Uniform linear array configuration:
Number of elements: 24
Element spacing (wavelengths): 0.5
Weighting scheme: exponential
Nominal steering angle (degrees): -60
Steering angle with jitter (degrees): -59.561
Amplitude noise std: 0.05
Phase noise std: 0.05

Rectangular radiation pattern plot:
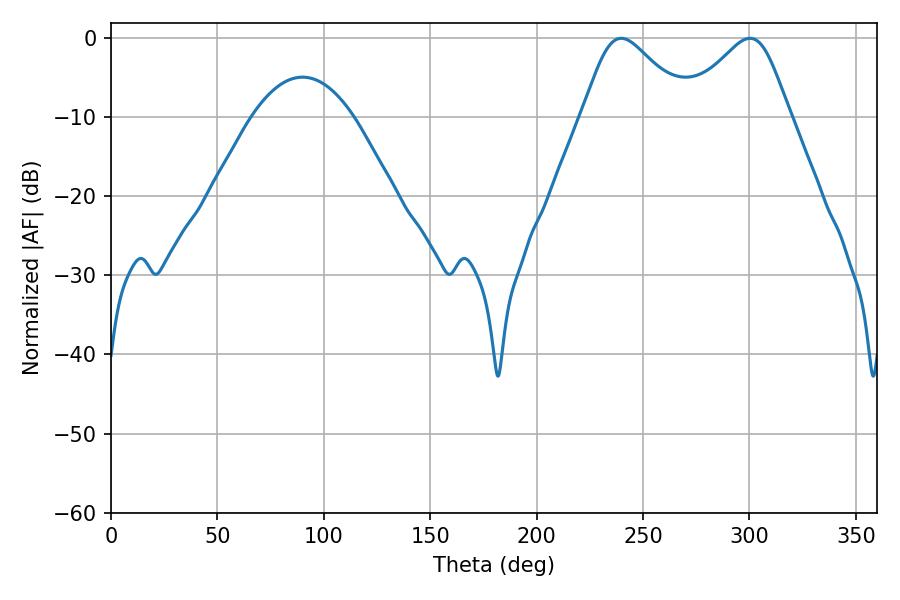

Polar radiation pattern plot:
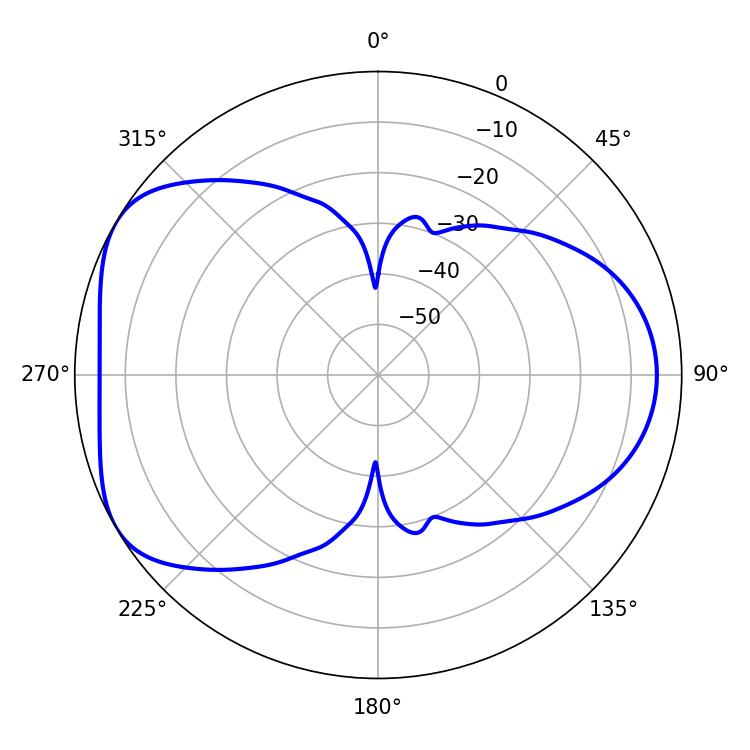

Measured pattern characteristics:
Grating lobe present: FALSE
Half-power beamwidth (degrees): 25.02
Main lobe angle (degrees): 239.76